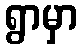
ရွာမှာ